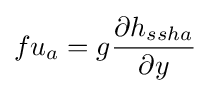
fu_{a}=g{\frac {\partial h_{ssha}}{\partial y}}